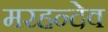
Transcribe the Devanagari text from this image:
मरहन्देव